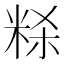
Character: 𰪻